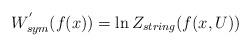
LaTeX: \begin{align*}W^{'}_{sym}(f(x)) =\ln Z_{string}(f(x,U))\end{align*}